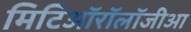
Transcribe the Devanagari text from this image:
मिटिऑरॉलॉजीआ